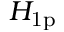
H _ { \mathrm { 1 p } }